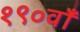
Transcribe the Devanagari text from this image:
१९०वाँ